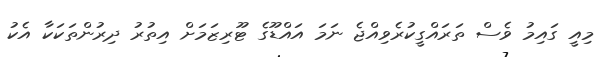
މިއީ ގައިމު ވެސް ތަރައްގީކުރެވިއްޖެ ނަމަ އައްޑޫގެ ޓޫރިޒަމަށް އިތުރު ދިރުންތަކަކާ އެކު